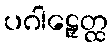
ပဂါဠှေတ္ထ